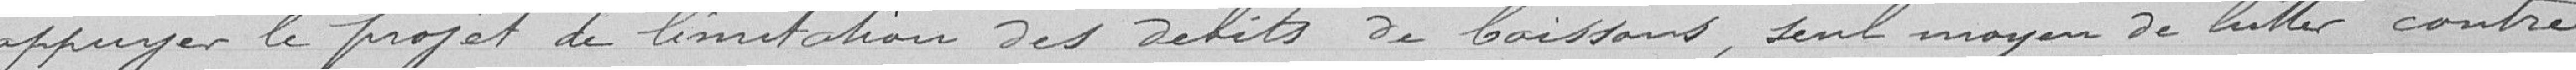
appuyer le projet de limitation des débits de boissons, seul moyen de lutter contre